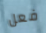
فعل